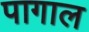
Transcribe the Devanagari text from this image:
पागाल